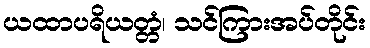
ယထာပရိယတ္တံ၊ သင်ကြားအပ်တိုင်း